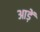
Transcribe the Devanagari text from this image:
आड़ें